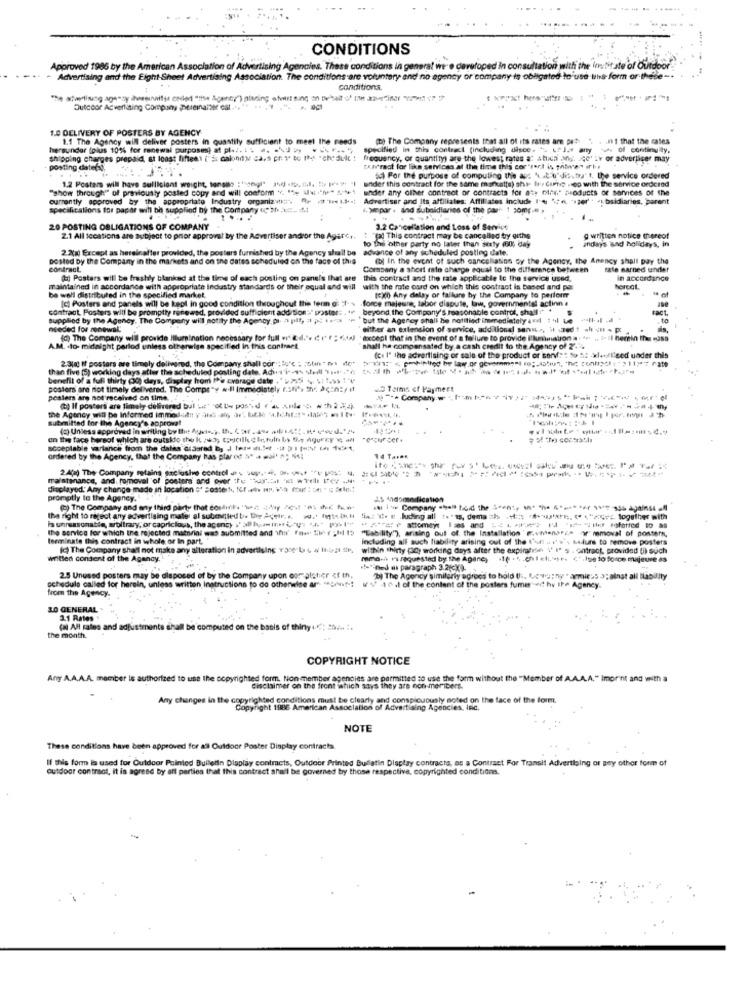
CONDITIONS
Approved 1986 by the American Association of Advertising Agencies. These conditions in general were developed In consultation with the institute of Ou
door
Advertising and the Eight-Sheet Advertising Association. The conditions are voluntary and no agency or company is obligated to use tilt- form or these -.
Conditions
Dutecor Averliting Company pereinarser est ... ". .. . . ". *, 90
1.0 DELIVERY OF POSTERS BY AGENCY
1.1 The Agency will deliver posters in quantity sufficient to meet the needs
(t) The Company represents that all of its rates are pat .. . . 1 that the rates
hersundor (plus 10% for renewal purposing at pl.2. 1 . .. .. J
specified in this contract (including disce. ">, ur lze any >> of continualy,
shipping charges prepaid, at least fiftest ("s: calohity ca.5 pr: 1* to IM "che duit !
frequency, or quantity) are the lowest rates at shich ang. ce' LY or advertiser may
posting datefy.
prav rast for like services at the time this cor"rent is phones erke
under this contract for the same marcatts) shs- Ihr Carne .top with the service ordered
sc) For the purpose of computing the ass Aat o'ddis-tu't, the service ordered
"show through"" of previously posted copy and will conform . "" w "* *
1.2 Posters will have sufficient weight, tongio : "song!" ) ->>, , " 1"
under any other contract of contracts for aty Offs" products of services of the
currently approved by the appropriate Industry organizvii:".
F-1:0 13; Advertiser and its affiliates: Affiliates include I'= """ ""per'' ' bsidiaries, parent
specifications for paper will bh supplied by the Company (C'Inkl .. 41
4. >mpar . and subsidiaries of the par": 1 comp .= >
20 POSTING OBLIGATIONS OF COMPANY
3.2 Cancellation and Loss of Service
2.1 All locations are subject to prior approval by the Advertiser andror the Agarer.
to the other party no later than sexty (60; day
"fal This contract may be cancelled bry outhe
indays and holidays, in
g written notice thereof
2.2(g) Except as hereinafter provided, the posters furnished by the Agency shall be advance of any scheduled posting dale.
posted by the Company in the markets and on the dates scheduled on the face of this
(bl In the event of such cancellation cy the Agency, the Anency shall pay the
contract
Company a short rain chespe equal to the difference between
rate earned sthder
( Posters will be freshly blanked at the time of each posting on pans's that are
this contract and the rate applicable Ic the service used.
in accordance
maintained in accordance with appropriate Industry standards of their equal and will with the rate card on which this contract is based and por
horcat,
be well distributed in the specified market.
(c) Posters and panels will be kept in good condition throughout the term : 1- > force majeure, tabor dispute, law, governmental actinn .
texto Any delay or falluare by the Company to perform
contract Posters will be promptly renewed, provided sufficient addition:/" poster .* ⑈
beyond the Company's Ipasohable control, shall" +
Supplied by the Agency. The Company will notity the Agency, pi- a plt, a p .-
but the Agency shall be notitiect immediately aoil 1 4| Le
needed for renewal.
either an extension of service, additional sens ., H vaedt alt ul . pt
(c) The Company will provide Illumination necessary for full w"@il." ( If = "AdJ 'except that in the event of a failure to provide Illumination a . f .
il herein the cosa
A.M. - to- midnight perlod unless otherwise specified in this contract
shall he compensated by a cash credit to the Agency of 2. 4
2.3(a) ff posters are timely delivered, the Company shall cor ; lu'c : Shin * mi det: ""1" , petithed by law.de government ro ;, totu", "he contract11)7.at
fc. I' the advertising of sale of the product or sorv :: 59 52 -kleefl'sed under this
than five (5) working days after the scheduled posting date. Adirsi .. es sell Test .. $2th her te Mai 2-1 -****
benefit of a full thirty (0) days, display from the Evarage date ,'2255 4. 411.51'⑈"
posters are not timely delivered. The Compe"y w·Il Immediately tati's the Pc-n2/ it
Terms of Payment
posters are not received on time.
20- Company. - 1- 1)
the Agency will be Informed immodott y ind -6, 3", bc.le"4,1;
(2) Il posters are timely delivered bul v :* of be posted r * * nl h=
submitted for the Agency's approval
(2) Unless approved in writing by the quei.). th. 6otraNe ailesf. Howd'
on the face bersof which are outsko the k /w3; coucilhe d In,fuln by Se Agurey we al "course
acceptable variance from the dates di dared by J tet- . 5er - ) (4 1
ordered by the Agency, that the Company has plar od Nº a moi' "; No!
2.4() The Company retains exclusive control as ... . " " "" --------
maistenance, and. removal of posters and over fe "sur .- al 's wTell Iter .H.
displayed Any change made in location = = oster, for ... He, ba (ouf : DAI * i; Srl;
promptly to the Agency ...
As Andome fication
(r) The Company and any third party that conich --- -----
the right to reject any advertising mater al subotled be the Aceir. .. .* /110kl
's unreasonable, arbitrary, or capricious, the agency , 3l fo inn i, V . pl
tia: i. e .buiding all te " is, dema =b .::: " -- x ;, ( 4">or, together with
the service for which the rejected material was submitted and ihr for $Her ;M 15
""Tability"), arising out of the Installation ' F.vWhenarze or" removal of postern,
terminate this contract in whole or In part,
Including all auch liability arising out of the l'url . i' ', Leurs to remove posters
(c) The Company shall not make any alteration in advertising +3ce b + W li-5-21 5
within thirty (acy working days after the expirafse V' I' s . entract, provided (h) such
Writled content of the Agency.
mmo- r requested by the Agane,
116 . 5.ch1 eli, *** c *. lue to force majeure as
turned mt paragraph 3.2(cX).
2.5 Unused posters may be disposed of by the Company upon coralatier of th,
"b) The Agency similarly agrees to hold Us. Ucwasny " armięas 3; alnat ali Babaity
Nom the Agency.
schedule called for herein, unless written Instructions to do otherwise ar. "orif -!
wy 10,Jel the content of the posters fume wit hy Ite Agency.
30 GENERAL
3.1 Rates
Shall be computed on the basis of thiny ..: 252- 1.
the month.
COPYRIGHT NOTICE
Anyy A.A.A.A. member is authorized to use the copyrighted form. Non member agencies are permitted to use the form without the "Member of A.A.A.A." Imornt and with a
disclaimer on the front which says they are non-meribers.
Any changes in the copyrighted conditions must be clearly and conspicuously noted on the face of the form.
Copyright 1986 American Association of Advertising Agencies, Inc.
NOTE
These conditions have been approved for all Outdoor Poster Display contracts.
If this form la used for Outdoor Painted Bulletin Display contracts, Outdoor Printed Bulletin Display contracts, as a Contract For Transit Advertising or Bey other form of
outdoor contract, it is agrese by all parties that this contract shall be governed by those respective, copyrighted conditions.